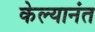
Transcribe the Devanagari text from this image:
केल्यानंत